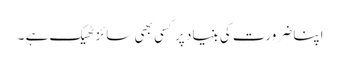
اپنا ضرورت کی بنیاد پر کسی بھی سائز ٹھیک ہے ۔